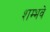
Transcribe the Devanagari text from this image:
शम्भवे